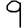
Digit: 9